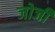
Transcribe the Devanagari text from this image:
जोर्जी